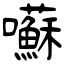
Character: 囌